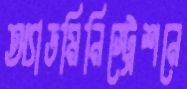
অ্যাডমিনিস্ট্রেশনে